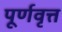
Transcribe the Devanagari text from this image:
पूर्णवृत्त